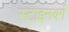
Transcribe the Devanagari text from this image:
स्टाइनबर्ग